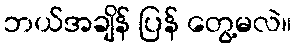
ဘယ်အချိန် ပြန် တွေ့မလဲ။